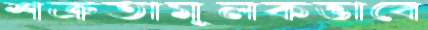
শত্রুতামূলকভাবে